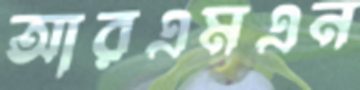
আরএমএন